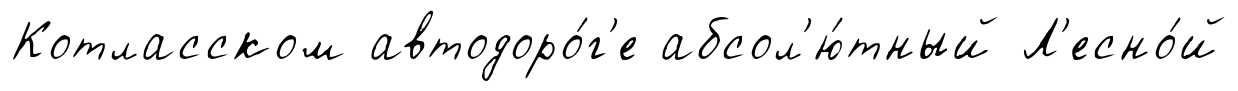
Котласском автодоро́г'е абсол'ю́тный Л'есно́й